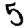
Digit: 5